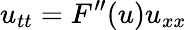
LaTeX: u_{tt}=F^{\prime\prime}(u)u_{xx}